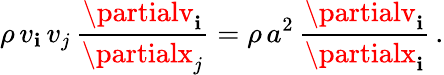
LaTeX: \rho\, v_{\mathbf{i}}\, v_{j}\, {\frac{{\partialv_{\mathbf{i}}}}{{\partialx_{j}}}}=\rho\, a^{2}\, {\frac{{\partialv_{\mathbf{i}}}}{{\partialx_{\mathbf{i}}}}}\, .